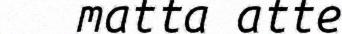
matta atte